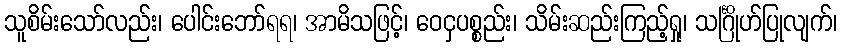
သူစိမ်းသော်လည်း၊ ပေါင်းဘော်ရရ၊ အာမိသဖြင့်၊ ဝေငှပစ္စည်း၊ သိမ်းဆည်းကြည့်ရှု၊ သင်္ဂြိုဟ်ပြုလျက်၊